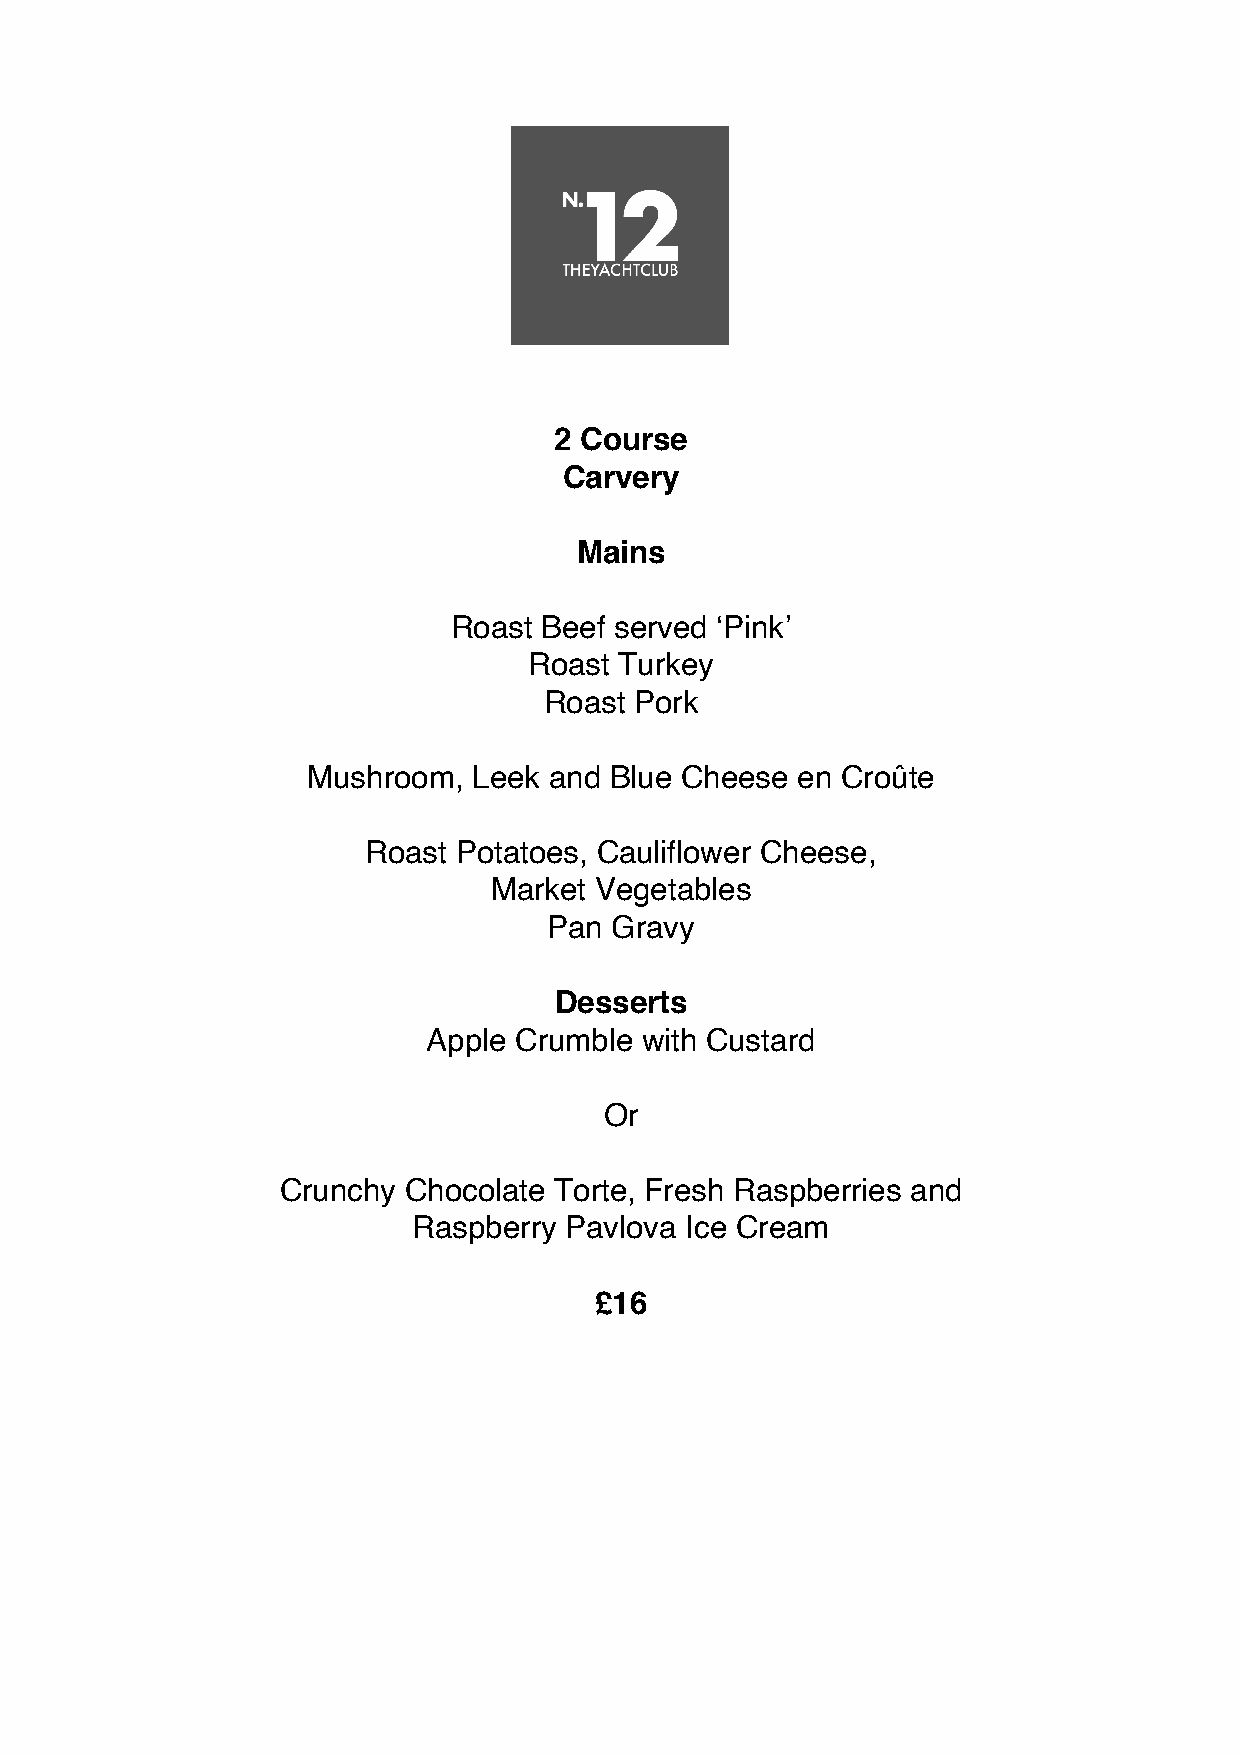
2 Course
 Carvery
 Mains
 Roast Beef served ‘Pink’
 Roast Turkey
 Roast Pork
 Mushroom,  Leek and Blue Cheese  en Croûte
 Roast Potatoes, Cauliflower Cheese,
 Market Vegetables
 Pan Gravy
 Desserts
 Apple Crumble with Custard
 Or
 Crunchy  Chocolate Torte, Fresh Raspberries and
 Raspberry Pavlova Ice Cream
 £16
 !